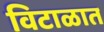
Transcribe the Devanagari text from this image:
विटाळात